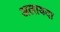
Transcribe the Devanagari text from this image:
अलायदा